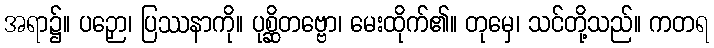
အရာ၌။ ပဉှော၊ ပြဿနာကို။ ပုစ္ဆိတဗ္ဗော၊ မေးထိုက်၏။ တုမှေ၊ သင်တို့သည်။ ကတရ